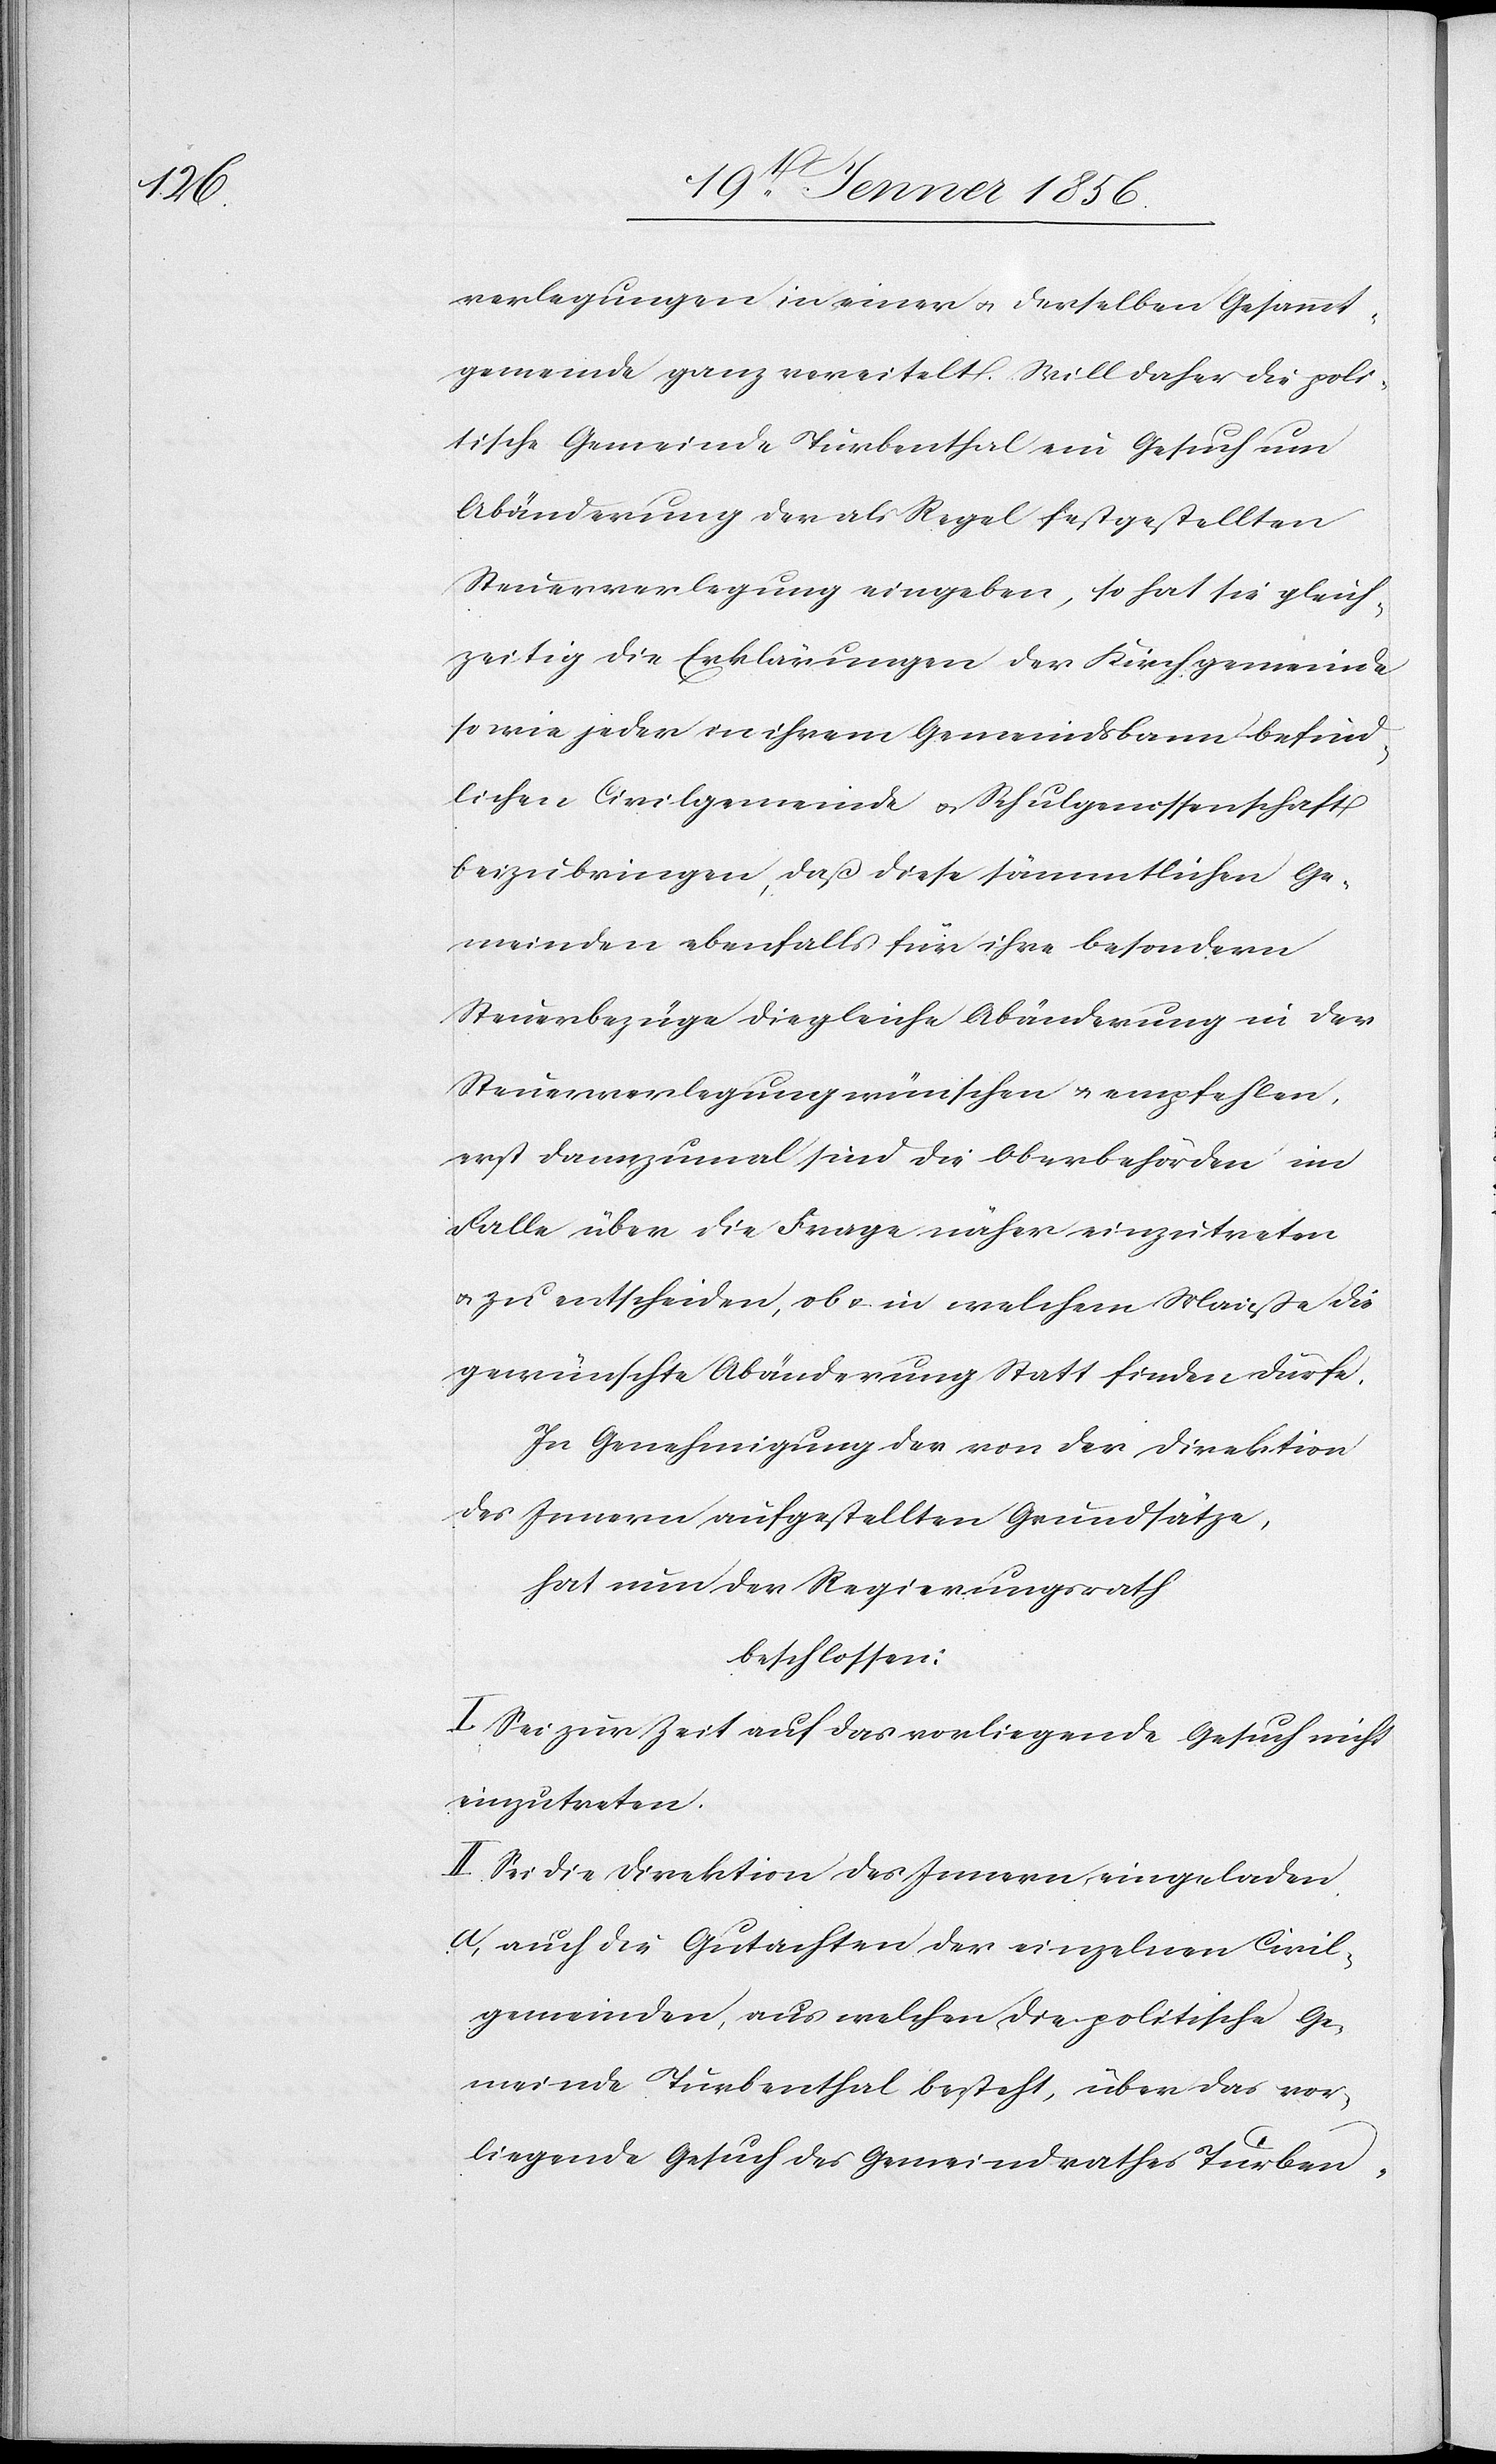
verlegungen in einer u. derselben Gesamt¬
gemeinde ganz vereitelt. Will daher die poli¬
tische Gemeinde Turbenthal ein Gesuch um
Abänderung der als Regel festgestellten
Steuerverlegung eingeben, so hat sie gleich¬
zeitig die Erklärungen der Kirchgemeinde
so wie jeder in ihrem Gemeindsbann befind¬
lichen Civilgemeinde u. Schulgenossenschaft
beizubringen, daß diese sämmtlichen Ge¬
meinden ebenfalls für ihre besondern
Steuerbezüge die gleiche Abänderung in der
Steuerverlegung wünschten u. empfehlen,
erst dannzumal sind die Oberbehörden im
Falle über die Frage näher einzutreten
u. zu entscheiden, ob u. in welchem Maiße
gewünschte Abänderung statt finden dürfe.
In Genehmigung der von der Direktion
des Innern aufgestellten Grundsätze,
hat nun der Regierungsrath
beschlossen
I. Sei zur Zeit auf das vorliegende Gesuch nicht
einzutreten.
II. Sei die Direktion des Innern eingeladen
a, auch die Gutachten der einzelnen Civil¬
gemeinden, aus welchen die politische Ge¬
meinde Turbenthal besteht, über das vor¬
liegende Gesuch des Gemeindrathes Turben-